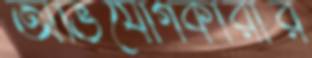
অভিযোগকারীর